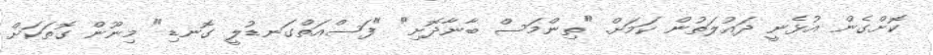
ކޮށްގެން އުޅެނީ ދައުލަތުން ކަމަށް. "ތިންމަސް ބާނާދޮށި" "ފަސްއަތްގަނޑުލީ ގޮނޑި" މިނޫން ގޮތަކަށް